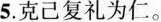
5.克己复礼为仁。